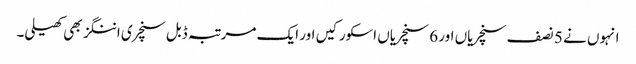
انہوں نے 5 نصف سنچریاں اور 6 سنچریاں اسکور کیں اور ایک مرتبہ ڈبل سنچری اننگز بھی کھیلی۔